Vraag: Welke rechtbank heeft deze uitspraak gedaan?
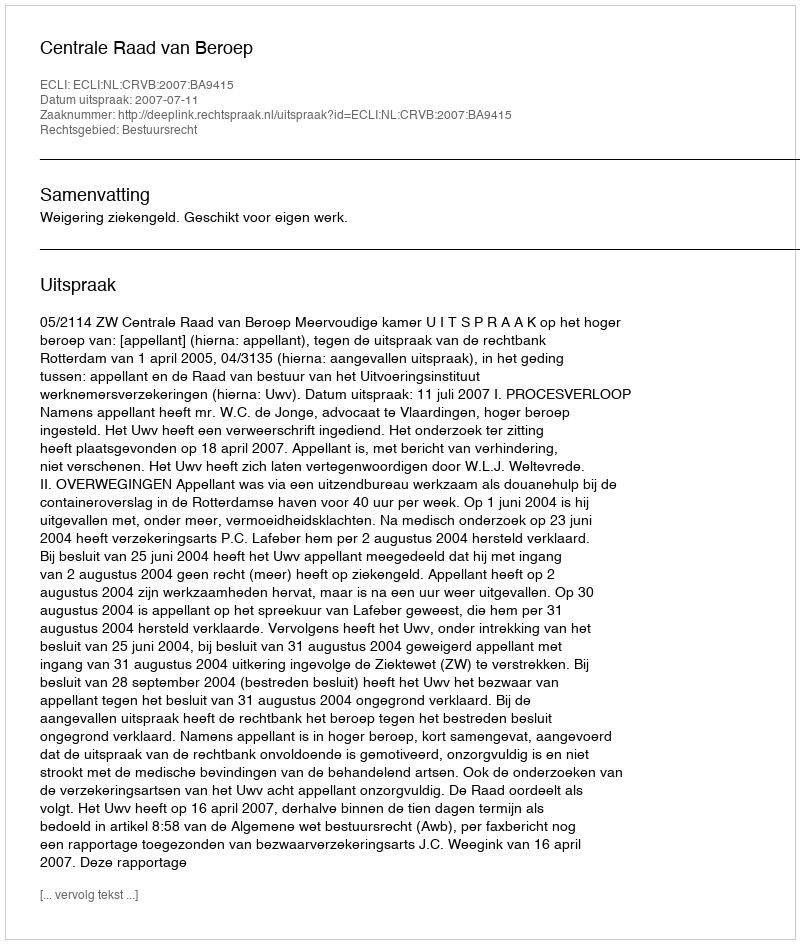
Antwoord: Centrale Raad van Beroep